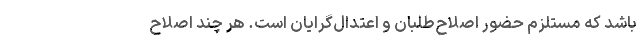
باشد که مستلزم حضور اصلاح‌طلبان و اعتدال‌گرایان است. هر چند اصلاح